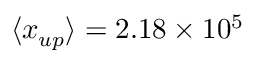
{ \langle x _ { u p } \rangle } = 2 . 1 8 \times 1 0 ^ { 5 }